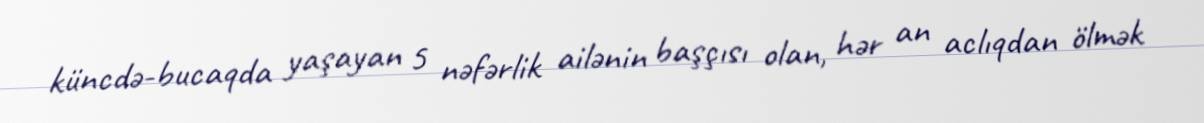
küncdə-bucaqda yaşayan 5 nəfərlik ailənin başçısı olan, hər an aclıqdan ölmək